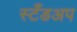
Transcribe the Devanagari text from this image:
स्टँडअप